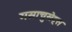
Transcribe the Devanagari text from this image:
मसाचुसेट्स